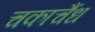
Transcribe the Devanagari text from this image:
चकाचैंध